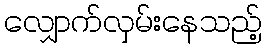
လျှောက်လှမ်းနေသည့်